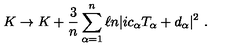
K \rightarrow K + { \frac { 3 } { n } } \sum _ { \alpha = 1 } ^ { n } \ell n | i c _ { \alpha } T _ { \alpha } + d _ { \alpha } | ^ { 2 } \ .